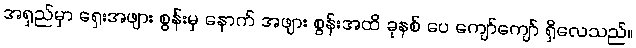
အရှည်မှာ ရှေးအဖျား စွန်းမှ နောက် အဖျား စွန်းအထိ ခုနစ် ပေ ကျော်ကျော် ရှိလေသည်။